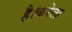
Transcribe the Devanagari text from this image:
है।करेला